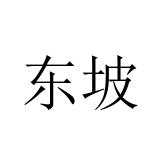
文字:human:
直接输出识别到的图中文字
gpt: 东坡